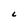
Character: C